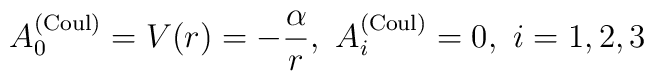
A_0^{({\rm Coul})}=V(r)=-\frac \alpha r,\ A_i^{({\rm Coul})}=0,\ i=1,2,3